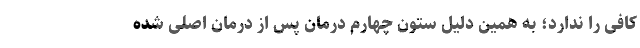
کافی را ندارد؛ به همین دلیل ستون چهارم درمان پس از درمان اصلی شده